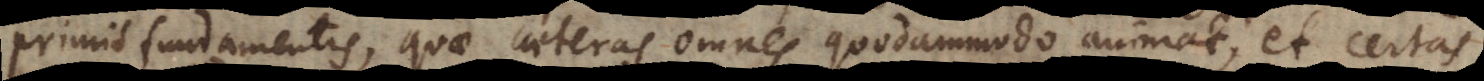
primis fundamentis, quae caeteras omnes quodammodo animat, et certas